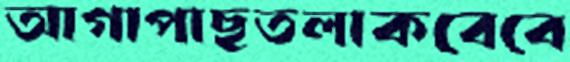
আগাপাছতলাকবেবে